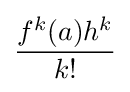
{\frac {f^{k}(a)h^{k}}{k!}}